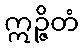
ဣဉ္ဇိတံ